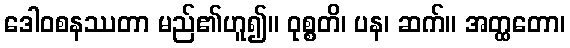
ဒေါဝစနဿတာ မည်၏ဟူ၍။ ဝုစ္စတိ၊ ပန၊ ဆက်။ အတ္ထတော၊